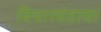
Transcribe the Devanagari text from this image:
विचारवंताचा